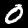
Label: 0